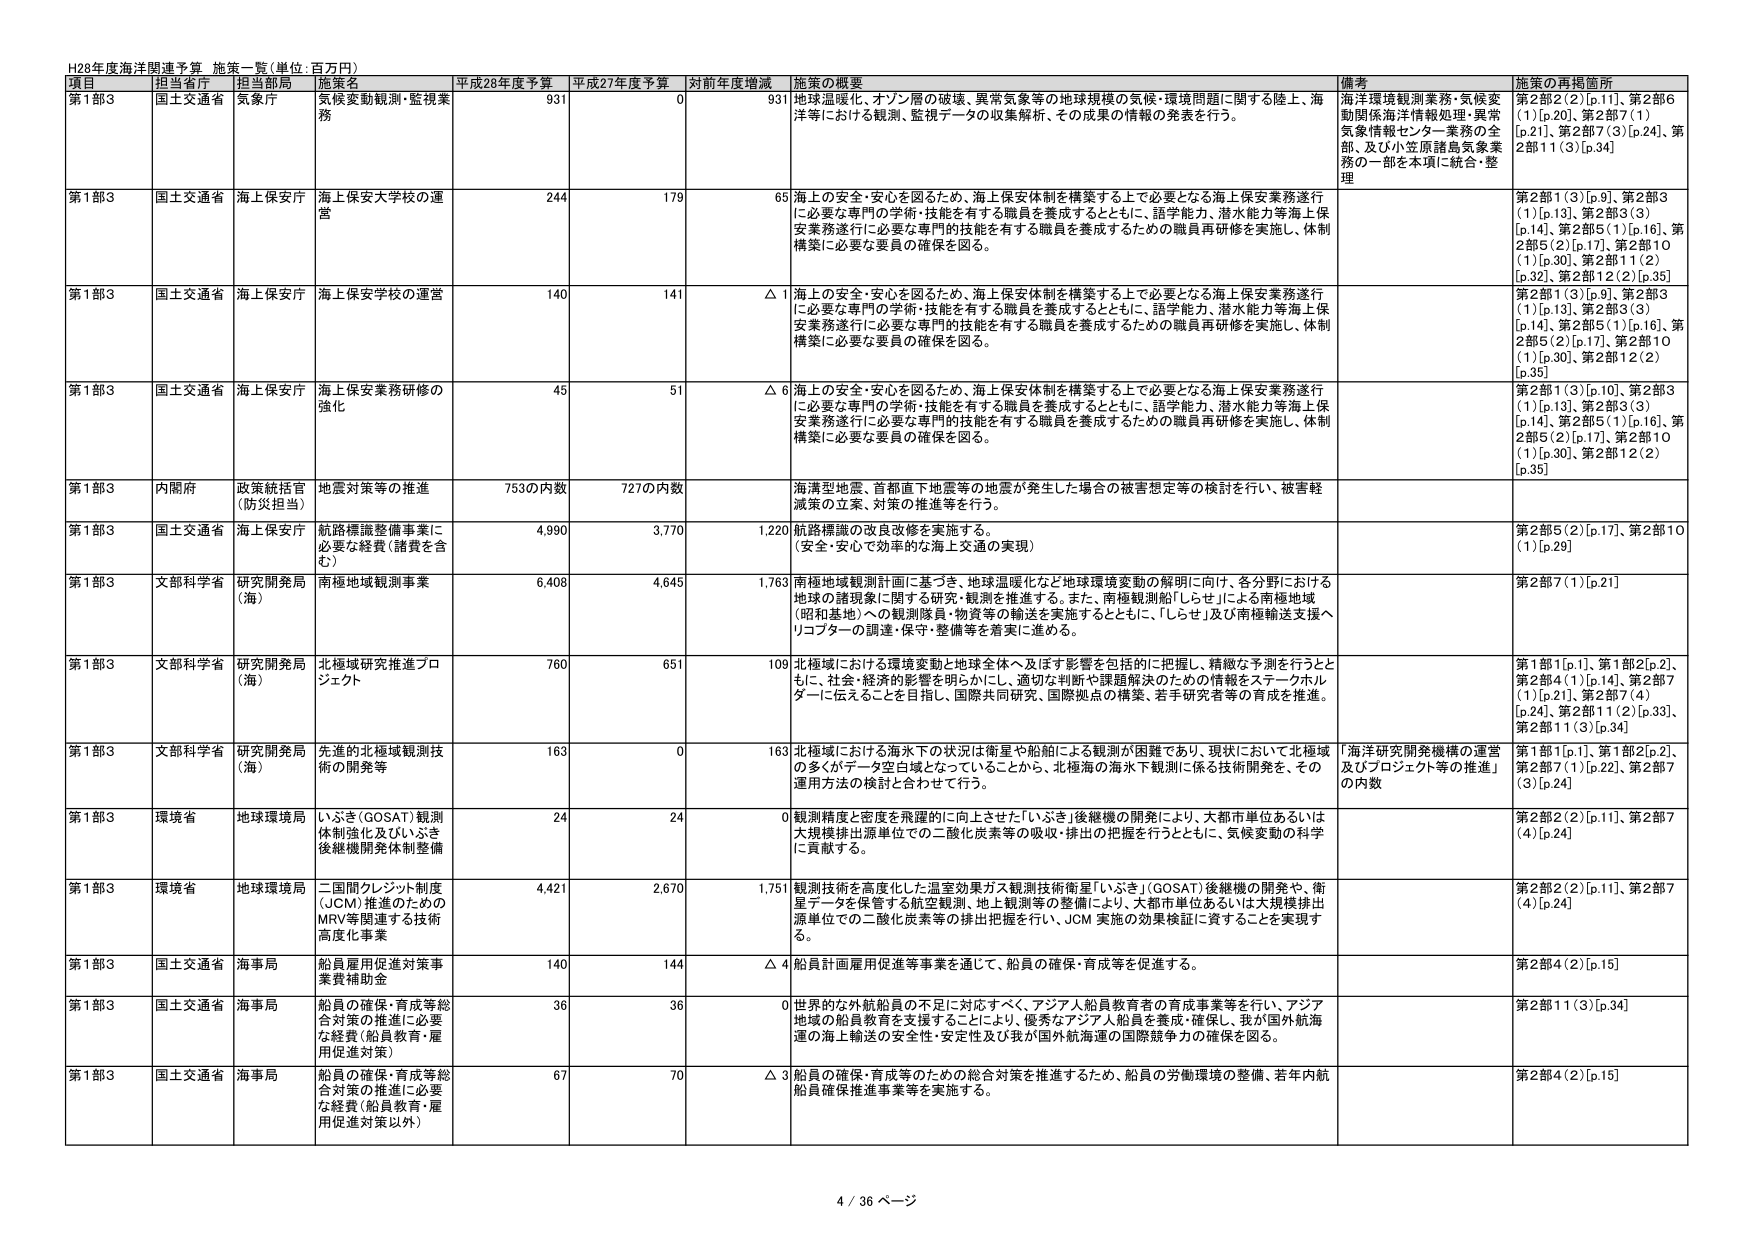
H28年度海洋関連予算 施策一覧(単位:百万円)

項目 担当省庁 担当当局 施策名 平成28年度予算 平成27年度予算 対前年度増減 施策の概要 備考 施策の再掲箇所

第1部3 国土交通省 気象庁 気候変動観測・監視業務 931 0 931 地球温暖化、オゾン層の破壊、異常気象等の地球規模の気候・環境問題に関する陸上、海洋等における観測、監視データの収集解析、その成果の情報の発表を行う。 海洋環境観測業務・気候変動関係海洋情報処理・異常気象情報センター業務の全部、及び小笠原諸島気象業務の一部を本項に統合・整理 第2部2(2)[p.11]、第2部6(1)[p.20]、第2部7(1)[p.21]、第2部7(3)[p.24]、第2部11(3)[p.34]

第1部3 国土交通省 海上保安庁 海上保安大学校の運営 244 179 65 海上の安全・安心を図るため、海上保安体制を構築する上で必要となる海上保安業務遂行に必要な専門の学術・技能を有する職員を養成するとともに、語学能力、潜水能力等海上保安業務遂行に必要な専門的技能を有する職員を養成するための職員再研修を実施し、体制構築に必要な要員の確保を図る。 第2部1(3)[p.9]、第2部3(1)[p.13]、第2部3(3)[p.14]、第2部5(1)[p.16]、第2部5(2)[p.17]、第2部10(1)[p.30]、第2部12(2)[p.32]、第2部12(2)[p.35]

第1部3 国土交通省 海上保安庁 海上保安学校の運営 140 141 △1 海上の安全・安心を図るため、海上保安体制を構築する上で必要となる海上保安業務遂行に必要な専門の学術・技能を有する職員を養成するとともに、語学能力、潜水能力等海上保安業務遂行に必要な専門的技能を有する職員を養成するための職員再研修を実施し、体制構築に必要な要員の確保を図る。 第2部1(3)[p.9]、第2部3(1)[p.13]、第2部3(3)[p.14]、第2部5(1)[p.16]、第2部5(2)[p.17]、第2部10(1)[p.30]、第2部12(2)[p.35]

第1部3 国土交通省 海上保安庁 海上保安業務研修の強化 45 51 △6 海上の安全・安心を図るため、海上保安体制を構築する上で必要となる海上保安業務遂行に必要な専門の学術・技能を有する職員を養成するとともに、語学能力、潜水能力等海上保安業務遂行に必要な専門的技能を有する職員を養成するための職員再研修を実施し、体制構築に必要な要員の確保を図る。 第2部1(3)[p.10]、第2部3(1)[p.13]、第2部3(3)[p.14]、第2部5(1)[p.16]、第2部5(2)[p.17]、第2部10(1)[p.30]、第2部12(2)[p.35]

第1部3 内閣府 政策統括官 (防災担当) 地震対策等の推進 753の内数 727の内数 海溝型地震、首都直下地震等の地震が発生した場合の被害想定等の検討を行い、被害軽減策の立案、対策の推進等を行う。

第1部3 国土交通省 海上保安庁 航路標識整備事業に必要な経費(諸費を含む) 4,990 3,770 1,220 航路標識の改良改修を実施する。 (安全・安心で効率的な海上交通の実現) 第2部5(2)[p.17]、第2部10(1)[p.29]

第1部3 文部科学省 研究開発局 (海) 南極地域観測事業 6,408 4,645 1,763 南極地域観測計画に基づき、地球温暖化など地球環境変動の解明に向け、各分野における地球の諸現象に関する研究・観測を推進する。また、南極観測船「しらせ」による南極地域(昭和基地)への観測隊員・物資等の輸送を実施するとともに、「しらせ」及び南極輸送支援ヘリコプターの調達・保守・整備等を着実に進める。 第2部7(1)[p.21]

第1部3 文部科学省 研究開発局 (海) 北極域研究推進プロジェクト 760 651 109 北極域における環境変動と地球全体へ及ぼす影響を包括的に把握し、精緻な予測を行うとともに、社会・経済的影響を明らかにし、適切な判断や課題解決のための情報をステークホルダーに伝えることを目指し、国際共同研究、国際拠点の構築、若手研究者等の育成を推進。 第1部1[p.1]、第1部2[p.2]、第2部4(1)[p.14]、第2部7(1)[p.21]、第2部7(4)[p.24]、第2部11(2)[p.33]、第2部11(3)[p.34]

第1部3 文部科学省 研究開発局 (海) 先進的北極域観測技術の開発等 163 0 163 北極域における海氷下の状況は衛星や船舶による観測が困難であり、現状において北極域の多くがデータ空白となっていることから、北極海の海氷下観測に係る技術開発を、その運用方法の検討と合わせて行う。 「海洋研究開発機構の運営及びプロジェクト等の推進」の内数 第1部1[p.1]、第1部2[p.2]、第2部7(1)[p.22]、第2部7(3)[p.24]

第1部3 環境省 地球環境局 いぶき(GOSAT)観測体制強化及びいぶき後継機開発体制整備 24 24 0 観測精度と密度を飛躍的に向上させた「いぶき」後継機の開発により、大都市単位あるいは大規模排出源単位での二酸化炭素等の吸収・排出の把握を行うとともに、気候変動の科学に貢献する。 第2部2(2)[p.11]、第2部7(4)[p.24]

第1部3 環境省 地球環境局 二国間クレジット制度(JCM)推進のためのMRV等関連する技術高度化事業 4,421 2,670 1,751 観測技術を高度化した温室効果ガス観測技術衛星「いぶき」(GOSAT)後継機の開発や、衛星データを保管する航空観測、地上観測等の整備により、大都市単位あるいは大規模排出源単位での二酸化炭素等の排出把握を行い、JCM実施の効果検証に資することを実現する。 第2部2(2)[p.11]、第2部7(4)[p.24]

第1部3 国土交通省 海事局 船員雇用促進対策事業費補助金 140 144 △4 船員計画雇用促進等事業を通じて、船員の確保・育成等を促進する。 第2部4(2)[p.15]

第1部3 国土交通省 海事局 船員の確保・育成等総合対策の推進に必要な経費(船員教育・雇用促進対策) 36 36 0 世界的な外航船員の不足に対応すべく、アジア人船員教育者の育成事業等を行い、アジア地域の船員教育を支援することにより、優秀なアジア人船員を養成・確保し、我が国外航海運の海上輸送の安全性・安定性及び我が国外航海運の国際競争力の確保を図る。 第2部11(3)[p.34]

第1部3 国土交通省 海事局 船員の確保・育成等総合対策の推進に必要な経費(船員教育・雇用促進対策以外) 67 70 △3 船員の確保・育成等のための総合対策を推進するため、船員の労働環境の整備、若年内航船員確保推進事業等を実施する。 第2部4(2)[p.15]

4 / 36 ページ